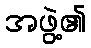
အဖွဲ့၏